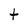
Character: t